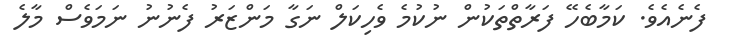
ފެނެއެވެ. ކަމާބެހޭ ފަރާތްތަކުން ނުކުމެ ވެހިކަލް ނަގާ މަންޒަރު ފެނުނު ނަމަވެސް މާލެ